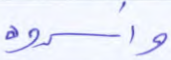
وأسروه